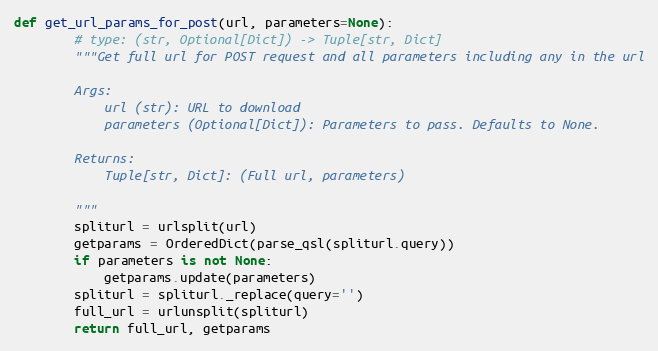
Language: Python
def get_url_params_for_post(url, parameters=None):
        # type: (str, Optional[Dict]) -> Tuple[str, Dict]
        """Get full url for POST request and all parameters including any in the url

        Args:
            url (str): URL to download
            parameters (Optional[Dict]): Parameters to pass. Defaults to None.

        Returns:
            Tuple[str, Dict]: (Full url, parameters)

        """
        spliturl = urlsplit(url)
        getparams = OrderedDict(parse_qsl(spliturl.query))
        if parameters is not None:
            getparams.update(parameters)
        spliturl = spliturl._replace(query='')
        full_url = urlunsplit(spliturl)
        return full_url, getparams